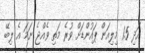
އަދި 1.5 މިލިއަން ޕައުންޑަށް ވުރެ މަތި ވެއްޖެ ނަމަ އެ ލިބޭ